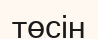
төсін